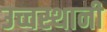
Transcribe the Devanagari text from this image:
उच्चस्थानी